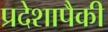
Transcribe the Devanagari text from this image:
प्रदेशापैकी